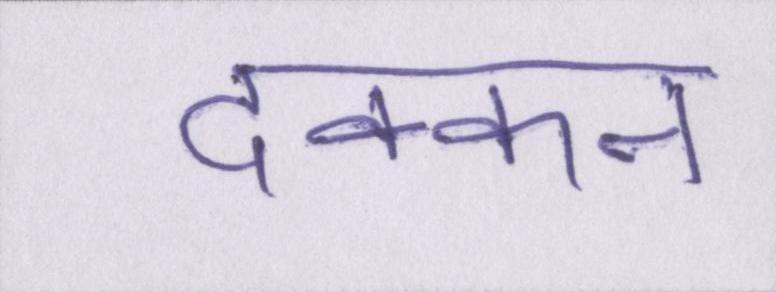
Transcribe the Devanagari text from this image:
दक्कन